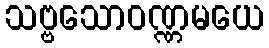
သဗ္ဗသောဝဏ္ဏမယေ